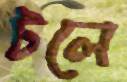
টলে